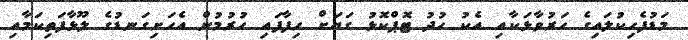
މަޑުފެހިކުލައިގެ ހަރުވާޅަކާއި އެކު ހުދު ޓޮޕްކޮޅު ގަޔަށް ހިފާފައި ހުރުމުން އެހަށިގަނޑުގެ ލޫޅާފަތިކަމާއި